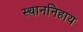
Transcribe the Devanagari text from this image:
स्थाननिहाय